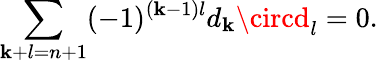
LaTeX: \sum_{\mathbf{k}+l=n+1}(-1)^{(\mathbf{k}-1)l}d_{\mathbf{k}}\circd_{l}=0.